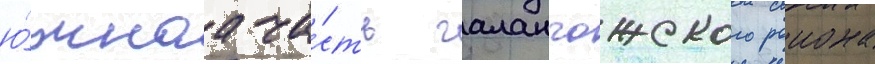
ю́жнаа ча́сть галанчожского раиона